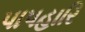
પાપહારિ